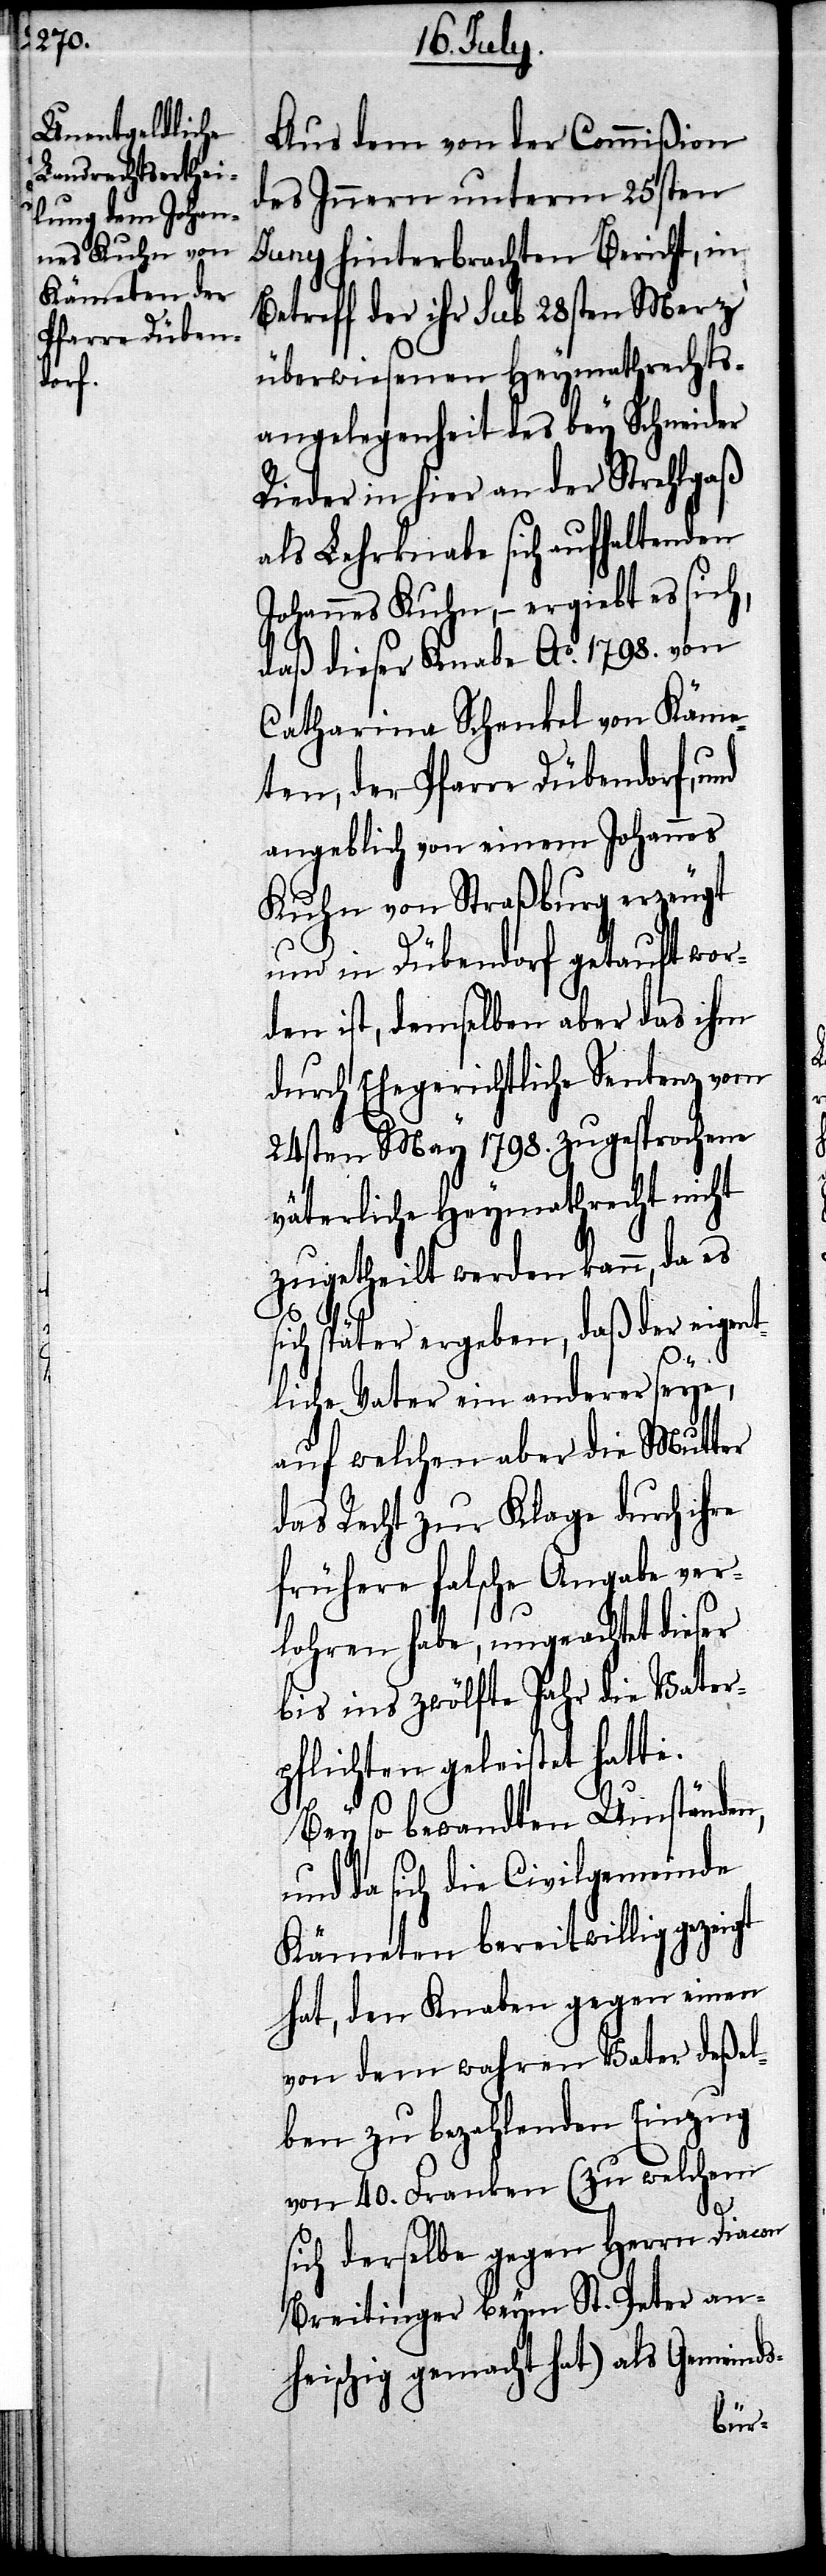
Aus dem von der Commißion
des Innern unterm 25sten
Juny hinterbrachten Bericht, in
Betreff der ihr sub 28sten Merz’
überwiesenen Heymathrechts¬
angelegenheit des bey Schneider
Rieder in hier an der Strehlgaß
als Lehrknabe sich aufhaltenden
Johannes Kuhn, – ergiebt es sich,
daß dieser Knabe Ao. 1798. von
Catharina Schenkel von Käme¬
ten, der Pfarre Dübendorf, und
angeblich von einem Johannes
Kuhn von Straßburg erzeugt
und in Dübendorf getauft wor¬
den ist, demselben aber das ihm
durch Ehegerichtliche Sentenz vom
24sten May 1798. zugesprochene
väterliche Heymathrecht nicht
zugetheilt werden kann, da es
ich später ergeben, daß der eigen¬
tliche Vater ein anderer seye,
auf welchen aber die Mutter
das Recht zur Klage durch ihre
frühere falsche Angabe ver¬
lohren habe, ungeachtet dieser
bis ins zwölfte Jahr die Vater¬
pflichten geleistet hatte.
Bey so bewandten Umständen,
und da sich die Civilgemeinde
Kämeten bereitwillig gezeigt
hat, den Knaben gegen einen
von dem wahren Vater deßel¬
ben zu bezahlenden Einzug
von 40. Franken (zu welchem
s-
sich derselbe gegen Herrn Diacon
Breitinger beym St. Peter an¬
heischig gemacht hat) als Gemeind¬